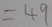
= 4 9